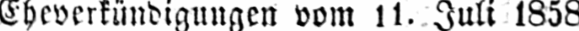
Eheversündigungen vom 11. Juli 1858.